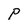
Character: P